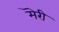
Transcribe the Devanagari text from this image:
मॆरी